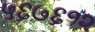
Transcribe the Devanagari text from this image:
५६७६१२